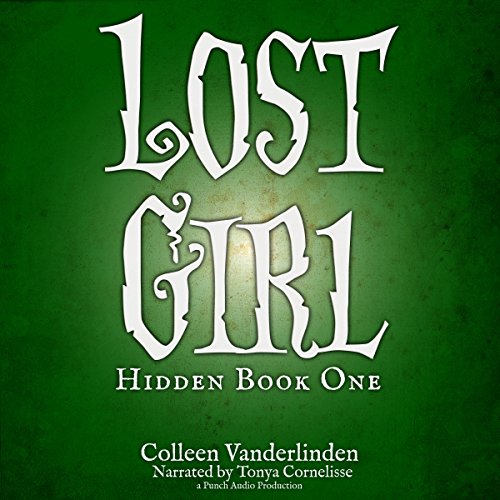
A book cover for Lost Girl: Hidden, Book 1; Colleen Vanderlinden; Science Fiction & Fantasy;